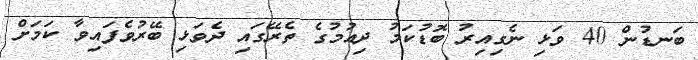
ބަނޑުން 40 ވަޅި ނެގިއިރު ބޮޑުކަމު ދިއުމުގެ ތެރޭގައި ދެވަޅި ބޭރުވެފައިވާ ކަމަށް